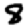
Digit: 8